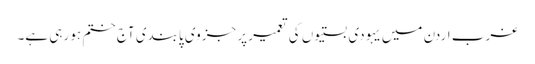
غرب اردن میں یہودی بستیوں کی تعمیر پر جزوی پابندی آج ختم ہو رہی ہے۔